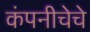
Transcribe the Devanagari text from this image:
कंपनीचेचे